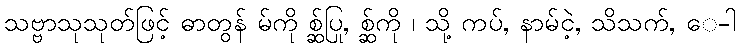
သဗ္ဗာသုသုတ်ဖြင့် ဓာတွန် မ်ကို စ္ဆ်ပြု, စ္ဆ်ကို ၊ သို့ ကပ်, နာမ်ငဲ့, သိသက်, ေ-ါ